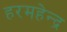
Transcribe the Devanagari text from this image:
हरमहेन्द्र